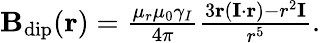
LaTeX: \begin{array}{r}{\mathbf{B}_{\mathrm{dip}}(\mathbf{r})=\frac{\mu_{r}\mu_{0}\gamma_{I}}{4\pi}\frac{3\mathbf{r}\left(\mathbf{I}\cdot\mathbf{r}\right)-r^{2}\mathbf{I}}{r^{5}}.}\end{array}